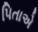
પિતાએ